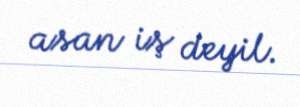
asan iş deyil.